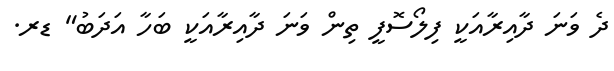
ދެ ވަނަ ދާއިރާއަކީ ފިލޯސޮފީ ތިން ވަނަ ދާއިރާއަކީ ބަހާ އަދަބު" ޑރ.